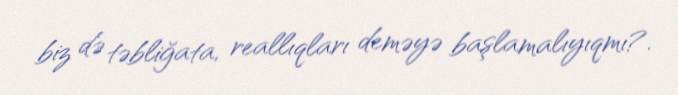
biz də təbliğata, reallıqları deməyə başlamalıyıqmı?.